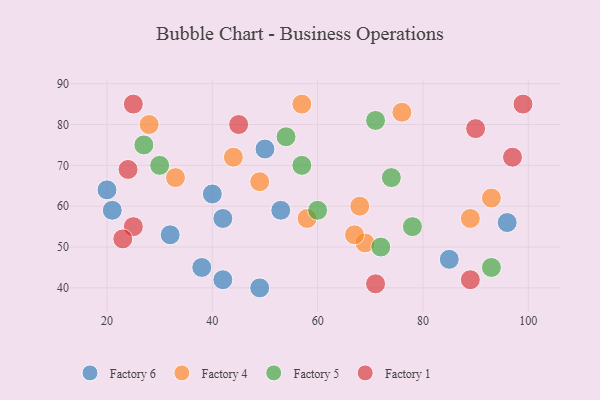
{"axis": {"x": "GDP", "y": "Life Expectancy"}, "legend": ["Factory 1", "Factory 4", "Factory 5", "Factory 6"], "data": [{"x": "38", "y": 45, "type": "Factory 6"}, {"x": "32", "y": 53, "type": "Factory 6"}, {"x": "21", "y": 59, "type": "Factory 6"}, {"x": "42", "y": 42, "type": "Factory 6"}, {"x": "49", "y": 40, "type": "Factory 6"}, {"x": "53", "y": 59, "type": "Factory 6"}, {"x": "42", "y": 57, "type": "Factory 6"}, {"x": "40", "y": 63, "type": "Factory 6"}, {"x": "96", "y": 56, "type": "Factory 6"}, {"x": "50", "y": 74, "type": "Factory 6"}, {"x": "20", "y": 64, "type": "Factory 6"}, {"x": "85", "y": 47, "type": "Factory 6"}, {"x": "49", "y": 66, "type": "Factory 4"}, {"x": "58", "y": 57, "type": "Factory 4"}, {"x": "33", "y": 67, "type": "Factory 4"}, {"x": "68", "y": 60, "type": "Factory 4"}, {"x": "89", "y": 57, "type": "Factory 4"}, {"x": "28", "y": 80, "type": "Factory 4"}, {"x": "76", "y": 83, "type": "Factory 4"}, {"x": "44", "y": 72, "type": "Factory 4"}, {"x": "57", "y": 85, "type": "Factory 4"}, {"x": "69", "y": 51, "type": "Factory 4"}, {"x": "67", "y": 53, "type": "Factory 4"}, {"x": "93", "y": 62, "type": "Factory 4"}, {"x": "27", "y": 75, "type": "Factory 5"}, {"x": "54", "y": 77, "type": "Factory 5"}, {"x": "30", "y": 70, "type": "Factory 5"}, {"x": "72", "y": 50, "type": "Factory 5"}, {"x": "60", "y": 59, "type": "Factory 5"}, {"x": "71", "y": 81, "type": "Factory 5"}, {"x": "57", "y": 70, "type": "Factory 5"}, {"x": "93", "y": 45, "type": "Factory 5"}, {"x": "74", "y": 67, "type": "Factory 5"}, {"x": "78", "y": 55, "type": "Factory 5"}, {"x": "25", "y": 55, "type": "Factory 1"}, {"x": "45", "y": 80, "type": "Factory 1"}, {"x": "71", "y": 41, "type": "Factory 1"}, {"x": "90", "y": 79, "type": "Factory 1"}, {"x": "89", "y": 42, "type": "Factory 1"}, {"x": "24", "y": 69, "type": "Factory 1"}, {"x": "99", "y": 85, "type": "Factory 1"}, {"x": "23", "y": 52, "type": "Factory 1"}, {"x": "25", "y": 85, "type": "Factory 1"}, {"x": "97", "y": 72, "type": "Factory 1"}]}